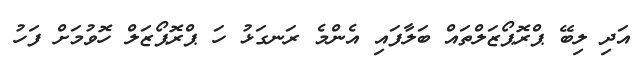
އަދި ލިބޭ ޕްރޮޕޯޒަލްތައް ބަލާފައި އެންމެ ރަނގަޅު ހަ ޕްރޮޕޯޒަލް ހޮވުމަށް ފަހު